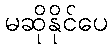
မဆိုနိုင်ပေ